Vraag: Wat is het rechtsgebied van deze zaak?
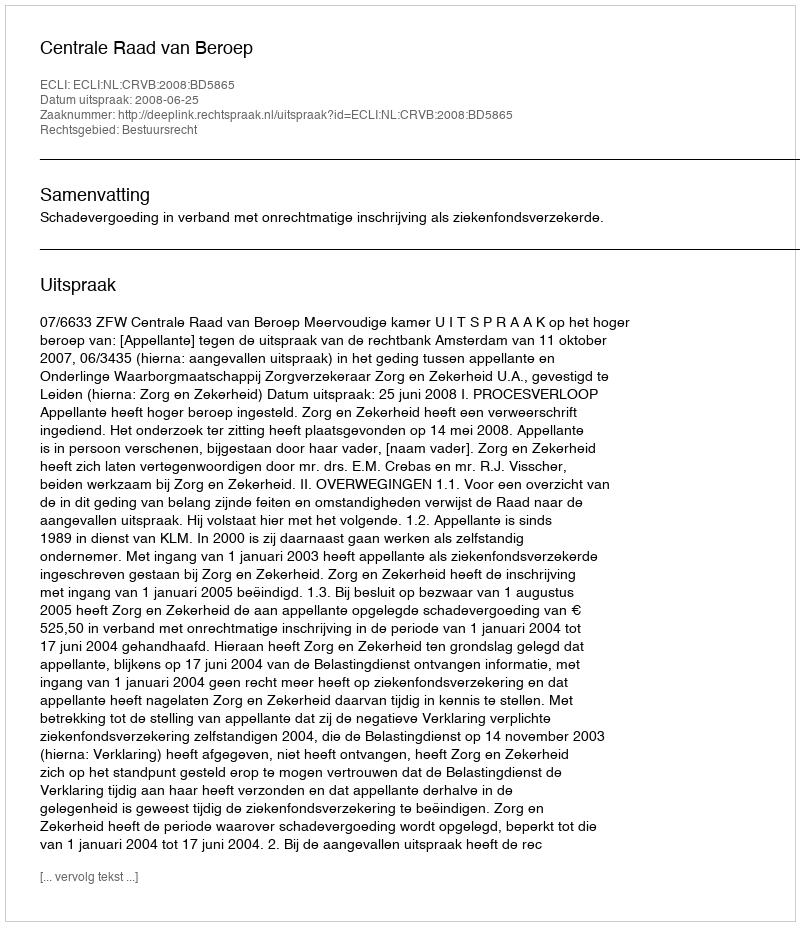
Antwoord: Bestuursrecht